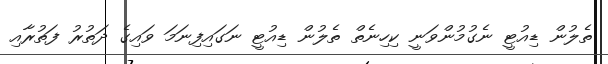
ތެލުން ޑިއުޓީ ނެގުމުންވަނީ ކިހިނެތް ތެލުން ޑިއުޓީ ނަގައިފިނަމަ ވައިގެ ދަތުރު ފަތުރާއި